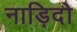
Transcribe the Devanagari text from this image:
नाड़िदो